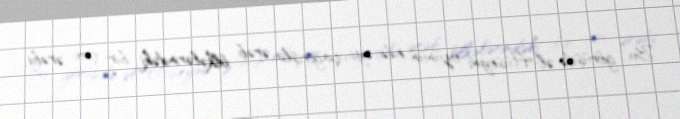
Bu görüşdə əl-Hüseyni özünün edəcəyi çağırışla ərəb ölkələrindəki bir çox ərəbi